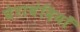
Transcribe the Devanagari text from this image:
घेराबंदियाँ